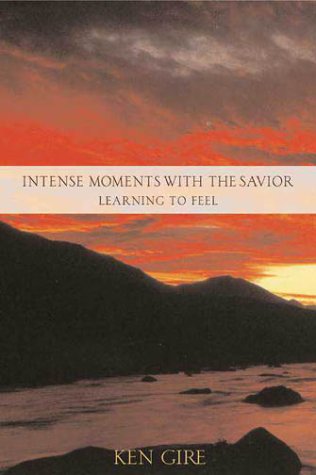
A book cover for Intense Moments with the Savior - Learning to Feel; Ken Gire; Christian Books & Bibles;